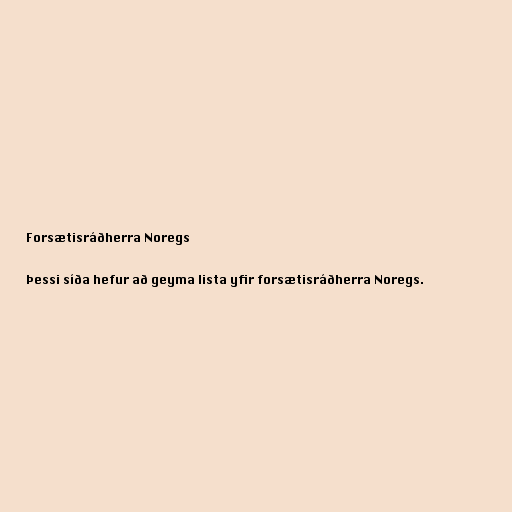
Forsætisráðherra Noregs

Þessi síða hefur að geyma lista yfir forsætisráðherra Noregs.